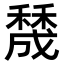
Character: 𥢲